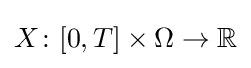
X\colon [0,T]\times \Omega \to \mathbb {R}